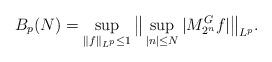
LaTeX: \begin{align*}B_p(N)=\sup_{\|f\|_{L^p}\le1}\big\|\sup_{|n|\le N}|M^G_{2^n}f|\big\|_{L^p}.\end{align*}